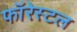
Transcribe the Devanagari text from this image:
फॉरेस्टल